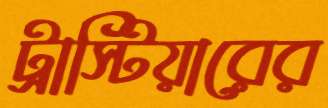
ট্রাস্টিয়ারের